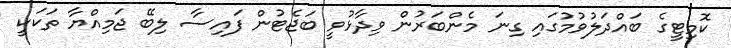
ކޮމިޓީގެ ބައްދަލުވުމުގައި ގިނަ މެންބަރުން ވިދާޅުވީ ބަޖެޓުން ފައިސާ ލިބޭ ޖަމިއްޔާ ތަކަކީ